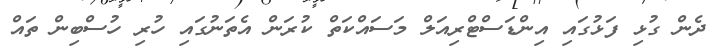
ދެން ގުޅި ފަޅުގައި އިންޑަސްޓްރިއަލް މަސައްކަތް ކުރަން އެތަނުގައި ހުރި ހުސްބިން ތައް